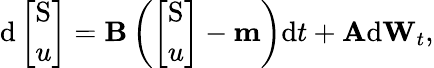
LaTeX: \mathrm{d}\left[\begin{array}{l}{\mathrm{S}}\\ {u}\end{array}\right]=\mathbf{B}\left(\left[\begin{array}{l}{\mathrm{S}}\\ {u}\end{array}\right]-\mathbf{m}\right)\mathrm{d}t+\mathbf{A}\mathrm{d}\mathbf{W}_{t},